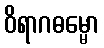
ဝိရာဂဓမ္မော